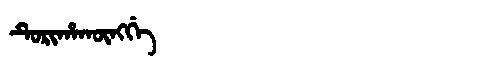
Manchu: ᡨᡠᡵᡳᡥᠠᡴᡡᠩᡤᡝ
Romanization: TURIHAKŪNGGE